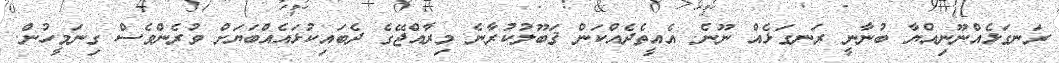
ރަނގަޅެއްނޫނިއްޔާ ބުނާނީ ރަނގަޅެއް ނޫނެ. އެއީތެދެއްކަން ޤަބޫލުކުރާނެ މިރާއްޖޭގެ ދެބައިކުޅައެއްބަޔަށް ވުރެންވެސް ގިނަމީހުން.